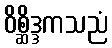
ဝိစ္ဆိဒ္ဒကသညံ